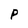
Character: P